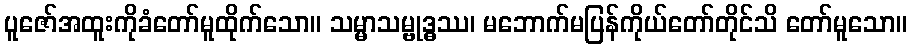
ပူဇော်အထူးကိုခံတော်မူထိုက်သော။ သမ္မာသမ္ဗုဒ္ဓဿ၊ မဘောက်မပြန်ကိုယ်တော်တိုင်သိ တော်မူသော။